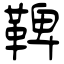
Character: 鞞